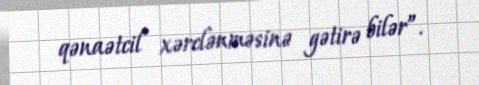
qənaətcil xərclənməsinə gətirə bilər”.